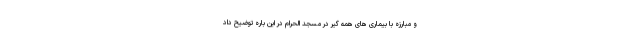
و مبارزه با بیماری های همه گیر در مسجد الحرام در این باره توضیح داد